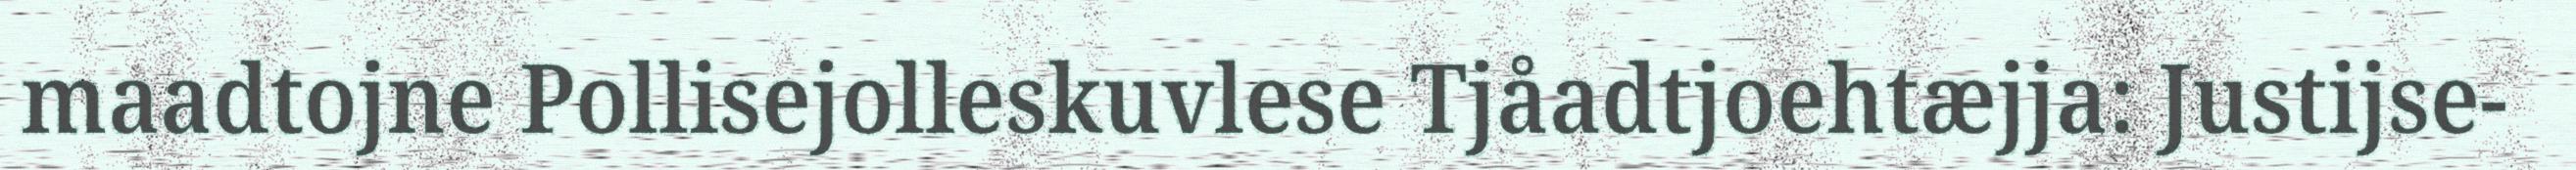
maadtojne Pollisejolleskuvlese Tjåadtjoehtæjja: Justijse-